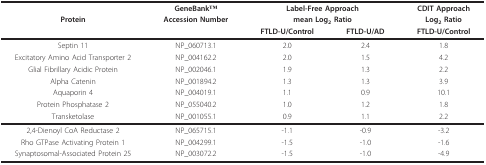
<table><thead><tr><td></td><td><b>GeneBankTM</b></td><td colspan="2"><b>Label-Free Approach</b></td><td><b>CDIT Approach</b></td></tr><tr><td><b>Protein</b></td><td><b>Accession Number</b></td><td colspan="2"><b>mean Log<sub>2 </sub>Ratio</b></td><td><b>Log<sub>2 </sub>Ratio</b></td></tr><tr><td></td><td></td><td><b>FTLD-U/Control</b></td><td><b>FTLD-U/AD</b></td><td><b>FTLD-U/Control</b></td></tr></thead><tbody><tr><td>Septin 11</td><td>NP_060713.1</td><td>2.0</td><td>2.4</td><td>1.8</td></tr><tr><td>Excitatory Amino Acid Transporter 2</td><td>NP_004162.2</td><td>2.0</td><td>1.5</td><td>4.2</td></tr><tr><td>Glial Fibrillary Acidic Protein</td><td>NP_002046.1</td><td>1.9</td><td>1.3</td><td>2.2</td></tr><tr><td>Alpha Catenin</td><td>NP_001894.2</td><td>1.3</td><td>1.3</td><td>3.9</td></tr><tr><td>Aquaporin 4</td><td>NP_004019.1</td><td>1.1</td><td>0.9</td><td>10.1</td></tr><tr><td>Protein Phosphatase 2</td><td>NP_055040.2</td><td>1.0</td><td>1.2</td><td>1.8</td></tr><tr><td>Transketolase</td><td>NP_001055.1</td><td>0.9</td><td>1.1</td><td>2.2</td></tr><tr><td>2,4-Dienoyl CoA Reductase 2</td><td>NP_065715.1</td><td>-1.1</td><td>-0.9</td><td>-3.2</td></tr><tr><td>Rho GTPase Activating Protein 1</td><td>NP_004299.1</td><td>-1.5</td><td>-1.0</td><td>-1.6</td></tr><tr><td>Synaptosomal-Associated Protein 25</td><td>NP_003072.2</td><td>-1.5</td><td>-1.0</td><td>-4.9</td></tr></tbody></table>